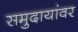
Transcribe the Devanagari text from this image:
समुदायांवर